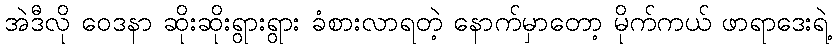
အဲဒီလို ဝေဒနာ ဆိုးဆိုးရွားရွား ခံစားလာရတဲ့ နောက်မှာတော့ မိုက်ကယ် ဖာရာဒေးရဲ့